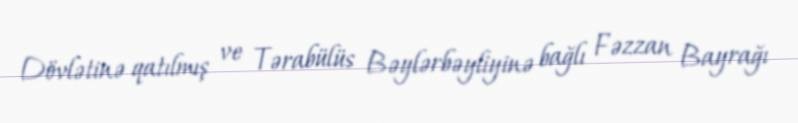
Dövlətinə qatılmış ve Tərabülüs Bəylərbəyliyinə bağlı Fəzzan Bayrağı